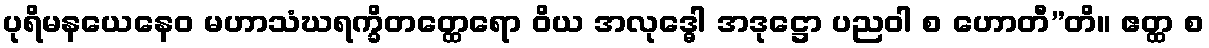
ပုရိမနယေနေဝ မဟာသံဃရက္ခိတတ္ထေရော ဝိယ အလုဒ္ဓေါ အဒုဋ္ဌော ပညဝါ စ ဟောတီ”တိ။ ဧတ္ထ စ